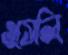
ওসেলি